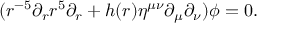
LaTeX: ( r ^ { - 5 } \partial _ { r } r ^ { 5 } \partial _ { r } + h ( r ) \eta ^ { \mu \nu } \partial _ { \mu } \partial _ { \nu } ) \phi = 0 .